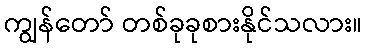
ကျွန်တော် တစ်ခုခုစားနိုင်သလား။